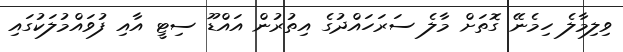
ވިލިމާލެ ހިމެނޭ ގޮތަށް މާލެ ސަރަހައްދުގެ އިތުރުން އައްޑޫ ސިޓީ އާއި ފުވައްމުލަކުގައި